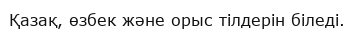
Қазақ, өзбек және орыс тілдерін біледі.